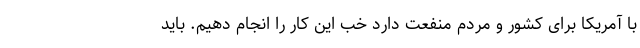
با آمریکا برای کشور و مردم منفعت دارد خب این کار را انجام دهیم. باید